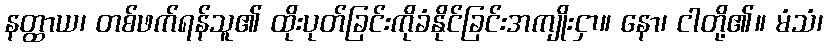
နတ္ထာယ၊ တစ်ဖက်ရန်သူ၏ ထိုးပုတ်ခြင်းကိုခံနိုင်ခြင်းအကျိုးငှာ။ နော၊ ငါတို့၏။ မံသံ၊